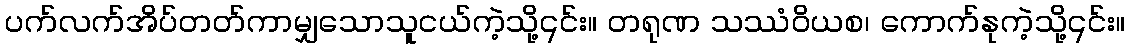
ပက်လက်အိပ်တတ်ကာမျှသောသူငယ်ကဲ့သို့၎င်း။ တရုဏ သဿံဝိယစ၊ ကောက်နုကဲ့သို့၎င်း။